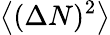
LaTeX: {\big\langle}(\Delta N)^{2}{\big\rangle}